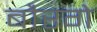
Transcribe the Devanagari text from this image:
बौरगे